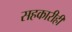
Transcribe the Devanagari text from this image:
सहकारीही